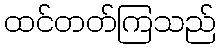
ထင်တတ်ကြသည်